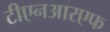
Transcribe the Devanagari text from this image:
टीएनआरएफ